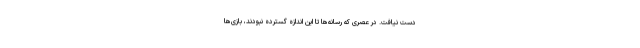
دست نیافت. در عصری که رسانه‌ها تا این اندازه گسترده نبودند، بازی‌ها